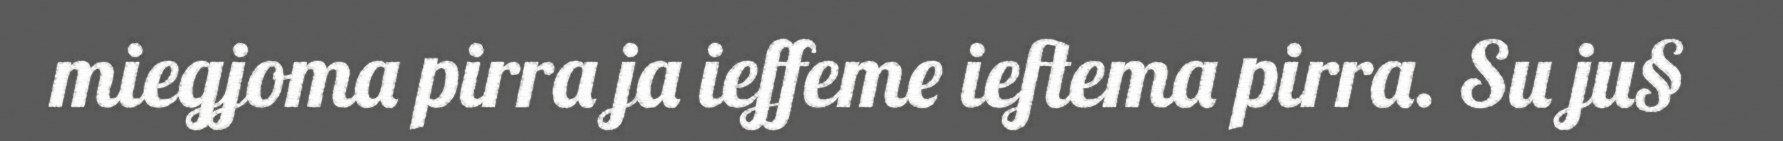
miegjoma pirra ja ieffeme ieftema pirra. Su ju§